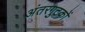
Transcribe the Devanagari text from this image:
अंतरगुटकों